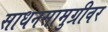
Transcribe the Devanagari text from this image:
साधनसामुग्रीवर